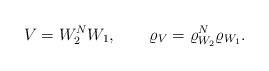
LaTeX: \begin{align*}V=W_2^N W_1,\qquad \varrho_V = \varrho_{W_2}^N\varrho_{W_1}.\end{align*}